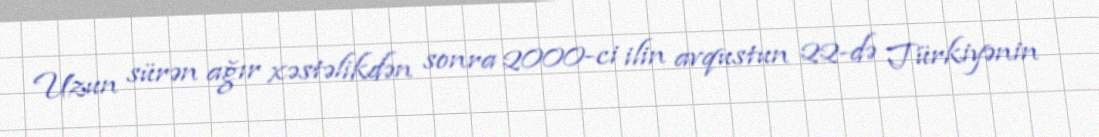
Uzun sürən ağır xəstəlikdən sonra 2000-ci ilin avqustun 22-də Türkiyənin